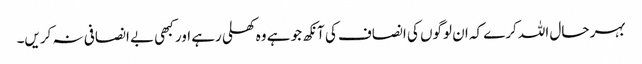
بہر حال اللہ کرے کہ ان لوگوں کی انصاف کی آنکھ جو ہے وہ کھلی رہے اور کبھی بے انصافی نہ کریں۔